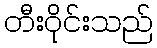
တီးဝိုင်းသည်